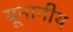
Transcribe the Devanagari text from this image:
यूनानीय